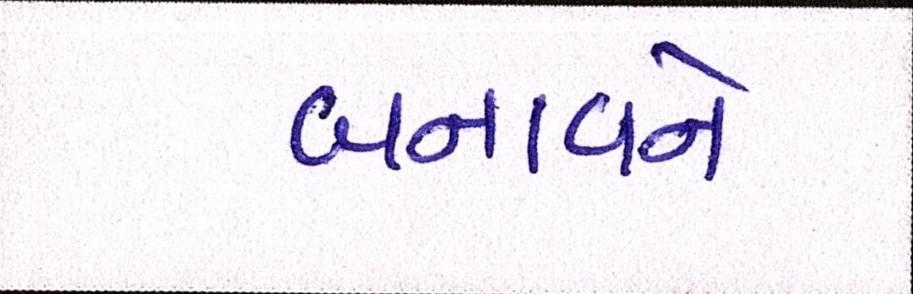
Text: બનાવને